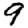
Digit: 9